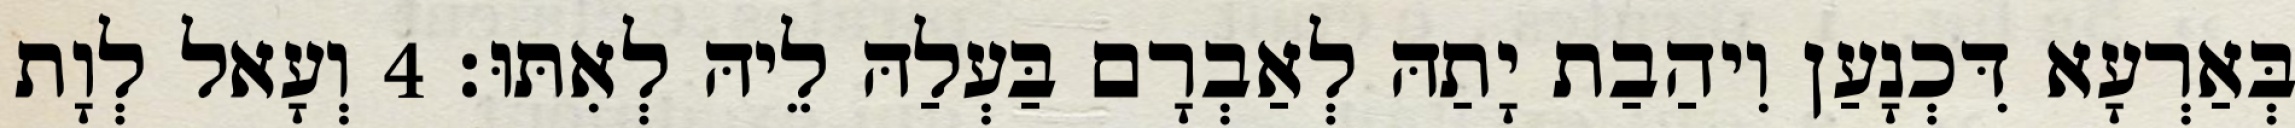
בְּאַרְעָא דִּכְנָעַן וִיהַבַת יָתַהּ לְאַבְרָם בַּעְלַהּ לֵיהּ לְאִתּוּ׃ 4 וְעָאל לְוָת